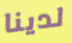
لدينا